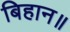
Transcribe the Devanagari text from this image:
बिहान॥